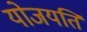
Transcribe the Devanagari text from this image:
योजयति